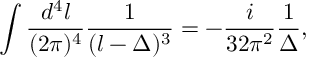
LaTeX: \int \frac { d ^ { 4 } l } { ( 2 \pi ) ^ { 4 } } \frac { 1 } { ( l - \Delta ) ^ { 3 } } = - \frac { i } { 3 2 \pi ^ { 2 } } \frac { 1 } { \Delta } ,